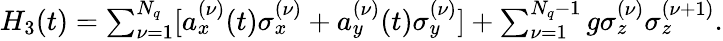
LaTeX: \begin{array}{r}{H_{3}(t)=\sum_{\nu=1}^{N_{q}}[a_{x}^{(\nu)}(t)\sigma_{x}^{(\nu)}+a_{y}^{(\nu)}(t)\sigma_{y}^{(\nu)}]+\sum_{\nu=1}^{N_{q}-1}g\sigma_{z}^{(\nu)}\sigma_{z}^{{(\nu+1)}}.}\end{array}